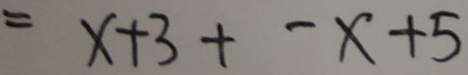
= x + 3 + - x + 5